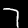
Digit: 7